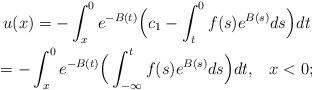
LaTeX: \begin{gather*} u(x) = - \int_x^0 e^{- B(t)} \Big (c_1 - \int_t^{0} f(s) e^{B(s)} ds \Big)dt\\ = - \int_x^0 e^{- B(t)} \Big ( \int_{- \infty}^{t} f(s) e^{B(s)} ds \Big)dt,\;\;\; x <0;\end{gather*}